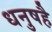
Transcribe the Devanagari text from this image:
धनुषहै